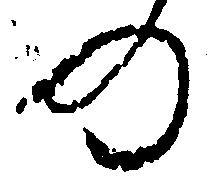
の